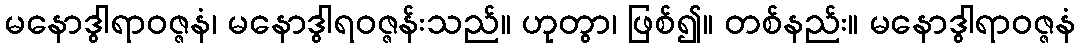
မနောဒွါရာဝဇ္ဇနံ၊ မနောဒွါရဝဇ္ဇန်းသည်။ ဟုတွာ၊ ဖြစ်၍။ တစ်နည်း။ မနောဒွါရာဝဇ္ဇနံ